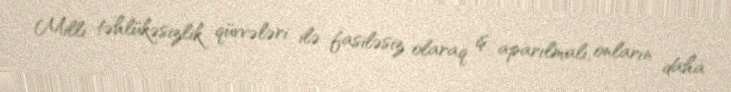
Milli təhlükəsizlik qüvvələri ilə fasiləsiz olaraq iş aparılmalı, onların daha